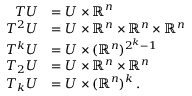
\begin{array} { r l } { { T } U } & { = U \times \mathbb { R } ^ { n } } \\ { { T } ^ { 2 } U } & { = U \times \mathbb { R } ^ { n } \times \mathbb { R } ^ { n } \times \mathbb { R } ^ { n } } \\ { { T } ^ { k } U } & { = U \times ( \mathbb { R } ^ { n } ) ^ { 2 ^ { k } - 1 } } \\ { { T } _ { 2 } U } & { = U \times \mathbb { R } ^ { n } \times \mathbb { R } ^ { n } } \\ { { T } _ { k } U } & { = U \times ( \mathbb { R } ^ { n } ) ^ { k } \, . } \end{array}